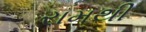
રામથી